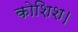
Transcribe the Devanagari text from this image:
कोशिश।